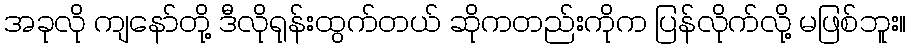
အခုလို ကျနော်တို့ ဒီလိုရုန်းထွက်တယ် ဆိုကတည်းကိုက ပြန်လိုက်လို့ မဖြစ်ဘူး။